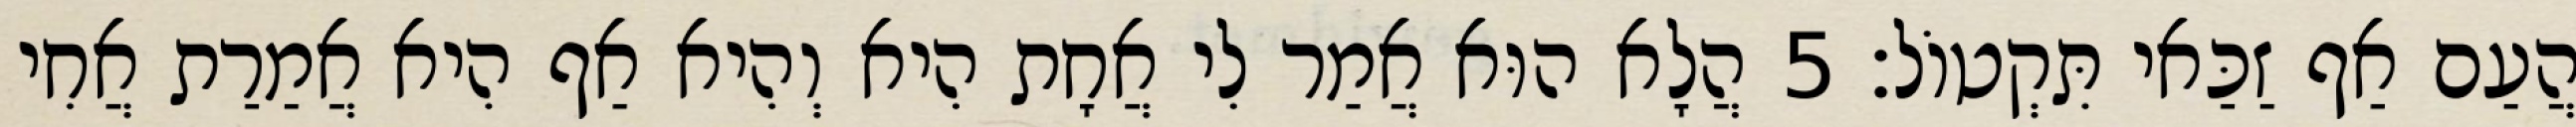
הֲעַם אַף זַכַּאי תִּקְטוֹל׃ 5 הֲלָא הוּא אֲמַר לִי אֲחָת הִיא וְהִיא אַף הִיא אֲמַרַת אֲחִי